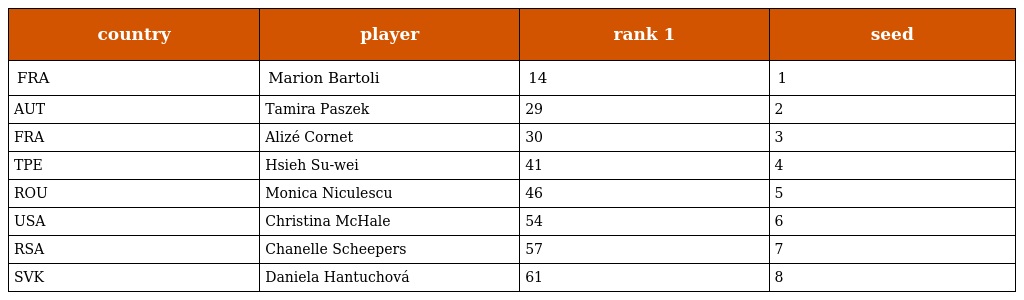
| country | player | rank 1 | seed |
 | --- | --- | --- | --- |
 | FRA | Marion Bartoli | 14 | 1 |
 | AUT | Tamira Paszek | 29 | 2 |
 | FRA | Alizé Cornet | 30 | 3 |
 | TPE | Hsieh Su-wei | 41 | 4 |
 | ROU | Monica Niculescu | 46 | 5 |
 | USA | Christina McHale | 54 | 6 |
 | RSA | Chanelle Scheepers | 57 | 7 |
 | SVK | Daniela Hantuchová | 61 | 8 |